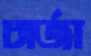
চার্জা